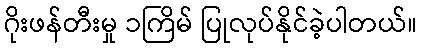
ဂိုးဖန်တီးမှု ၁ကြိမ် ပြုလုပ်နိုင်ခဲ့ပါတယ်။